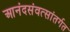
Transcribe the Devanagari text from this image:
आनंदसंवत्सांतर्गत